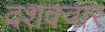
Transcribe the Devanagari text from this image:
दशक्वार